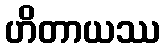
ဟိတာယဿ